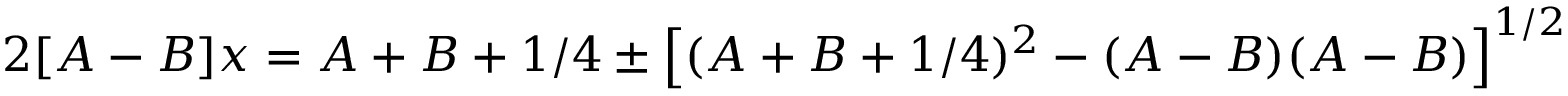
2 [ A - B ] x = A + B + 1 / 4 \pm \left[ ( A + B + 1 / 4 ) ^ { 2 } - ( A - B ) ( A - B ) \right] ^ { 1 / 2 }